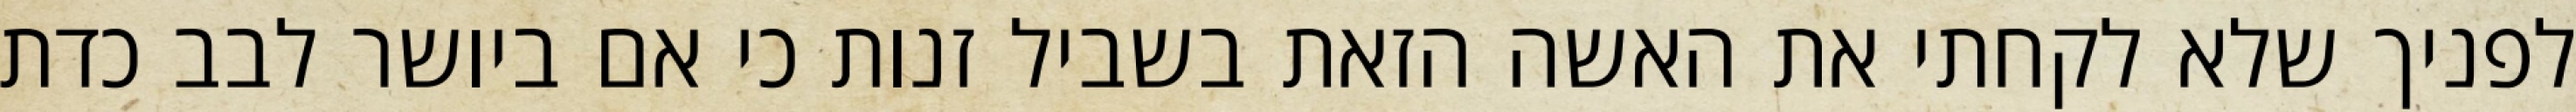
לפניך שלא לקחתי את האשה הזאת בשביל זנות כי אם ביושר לבב כדת